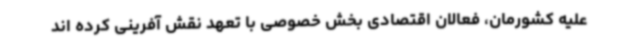
علیه کشورمان، فعالان اقتصادی بخش خصوصی با تعهد نقش آفرینی کرده اند